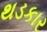
થડકાર